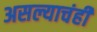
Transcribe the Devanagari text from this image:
असल्याचंही